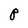
Character: P